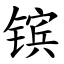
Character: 镔